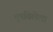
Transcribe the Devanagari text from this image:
भूषविलेला